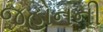
જહોનની